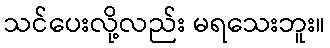
သင်ပေးလို့လည်း မရသေးဘူး။